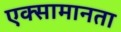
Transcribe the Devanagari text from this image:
एक्सामानता